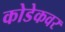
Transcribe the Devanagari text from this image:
कोडेकवर